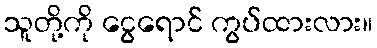
သူတို့ကို ငွေရောင် ကွပ်ထားလား။